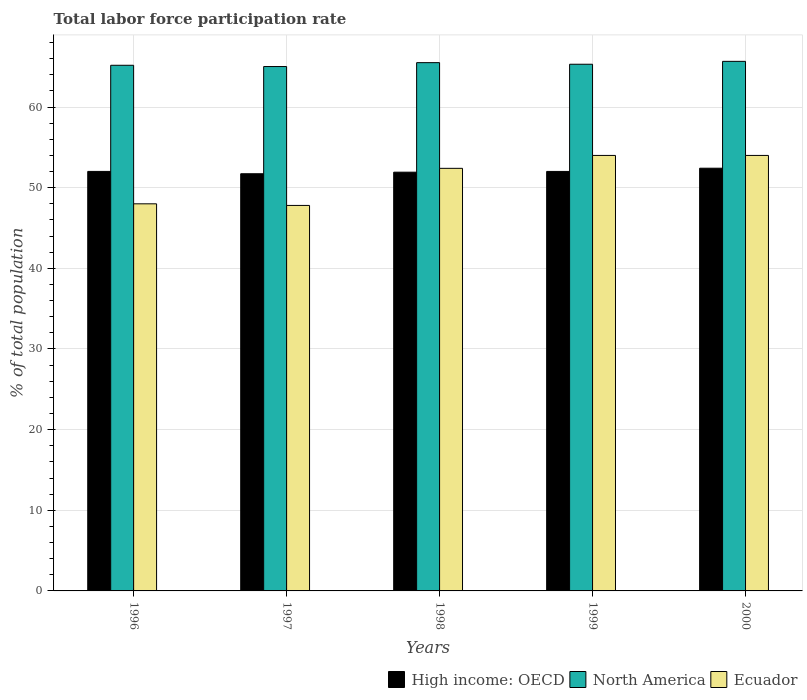
| Years | High income: OECD | North America | Ecuador |
 | --- | --- | --- | --- |
 | 1996 | 52 | 65.2 | 48 |
 | 1997 | 51.7 | 65 | 47.8 |
 | 1998 | 51.9 | 65.5 | 52.4 |
 | 1999 | 52 | 65.3 | 54 |
 | 2000 | 52.4 | 65.7 | 54 |